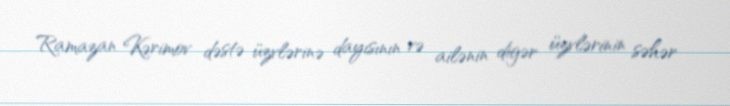
Ramazan Kərimov dəstə üzvlərinə dayısının və ailənin digər üzvlərinin səhər